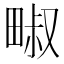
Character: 𱰹